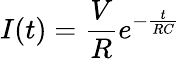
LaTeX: I(t)=\frac{V}{R}e^{-\frac{t}{RC}}